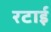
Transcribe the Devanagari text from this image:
रटाई